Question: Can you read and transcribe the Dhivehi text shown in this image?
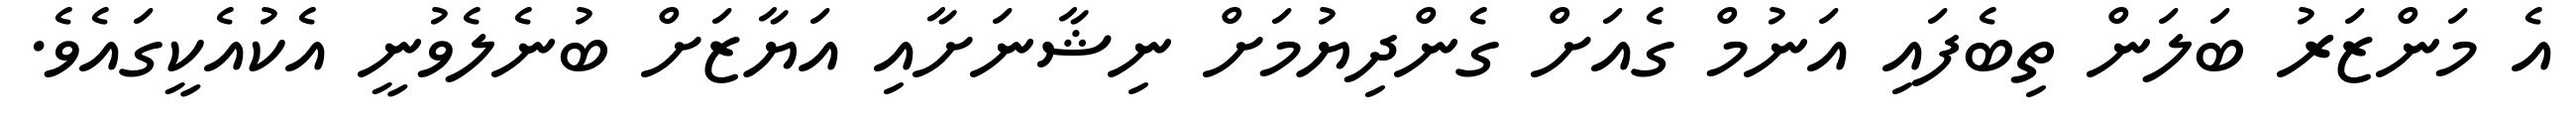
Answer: އެ މަންޒަރު ބަލަން ތިބެފައި އަނުމް ގެއަށް ގެންދިޔުމަށް ނިޝާނަށާއި އަޔާޒަށް ބުނެލެވުނީ އެކުއެކީގައެވެ.